Leaving Certificate Examination (including Day School Certificate (Higher) General paper), 1935
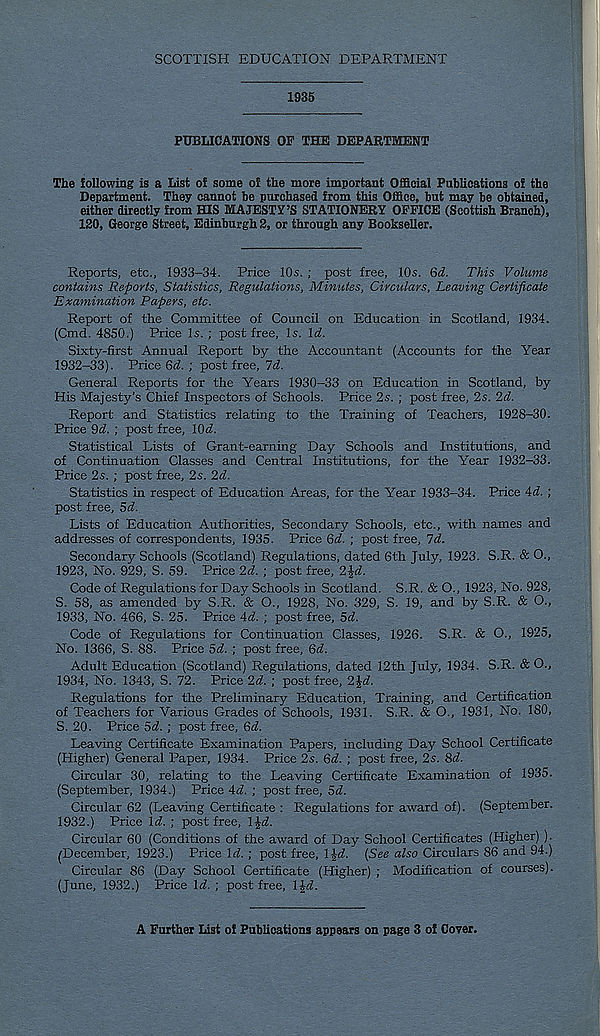
SCOTTISH EDUCATION DEPARTMENT
1985
PUBLICATIONS 03? THE DEPARTMENT
The following is a List of some of the more important Official Publications of the
Department. They cannot be purchased from this Office, but may be obtained,
either directly from HIS MAJESTY’S STATIONERY OFFICE (Scottish Branch),
120, George Street, Edinburgh 2, or through any Bookseller.
Reports, etc,, 1933-34. Price 10s. ; post free, 10s. Qd. This Volume
contains Reports, Statistics, Regulations, Minutes, Circulars, Leaving Certificate
Examination Papers, etc.
Report of the Committee of Council on Education in Scotland, 1934.
(Cmd. 4850.) Price Is. ; post free, Is. Id.
Sixty-first Annual Report by the Accountant (Accounts for the Year
1932-33). Price Qd. ; post free, 7d.
General Reports for the Years 1930-33 on Education in Scotland, by
His Majesty’s Chief Inspectors of Schools. Price 2s. ; post free, 2s. 2d.
Report and Statistics relating to the Training of Teachers, 1928-30.
Price 9d. ; post free, lOd.
Statistical Lists of Grant-earning Day Schools and Institutions, and
of Continuation Classes and Central Institutions, for the Year 1932-33.
Price 2s. ; post free, 2s. 2d.
Statistics in respect of Education Areas, for the Year 1933-34. Price 4d. ;
post free, 5d.
Lists of Education Authorities, Secondary Schools, etc., with names and
addresses of correspondents, 1935. Price 6d. ; post free, 7d.
Secondary Schools (Scotland) Regulations, dated 6th July, 1923. S.R. & O.,
1923, No. 929, S. 59. Price 2d. ; post free, 2^d.
Code of Regulations for Day Schools in Scotland. S.R. & O., 1923, No. 928,
S. 58, as amended by S.R. & O., 1928, No. 329, S. 19, and by S.R. & O.,
1933, No. 466, S. 25. Price 4d. ; post free, 5d.
Code of Regulations for Continuation Classes, 1926. S.R. & O., 1925,
No. 1366, S. 88. Price 5d. ; post free, 6d.
Adult Education (Scotland) Regulations, dated 12th July, 1934. S.R. & O.,
1934, No. 1343, S. 72. Price 2d. ; post free, 2£d.
Regulations for the Preliminary Education, Training, and Certification
of Teachers for Various Grades of Schools, 1931. S.R. & O., 1931, No. 180,
S. 20. Price 5d. ; oost free, 6d.
Leaving Certificate Examination Papers, including Day School Certificate
(Higher) General Paper, 1934. Price 2s. 6d. ; post free, 2s. 8d.
Circular 30, relating to the Leaving Certificate Examination of 1935.
(September, 1934.) Price 4d. ; post free, 5d.
Circular 62 (Leaving Certificate : Regulations for award of). (September.
1932.) Price \d. ; post free, l^d.
Circular 60 (Conditions of the award of Day School Certificates (Higher) ).
(December, 1923.) Price \d. ; post free, \^d. [See also Circulars 86 and 94.)
Circular 86 (Day School Certificate (Higher) ; Modification of courses).
(June, 1932.) Price Id. ; post free, IJd.
A Further List of Publications appears on page 3 of Cover,